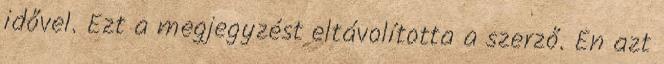
idővel. Ezt a megjegyzést eltávolította a szerző. Én azt